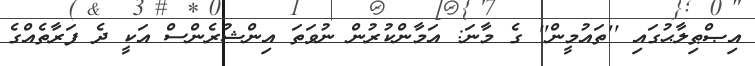
އިޞްޠިލާޙުގައި ''ތައުމީން'' ގެ މާނަ: އަމާންކުރުން ނުވަތަ އިންޝުރެންސް އަކީ ދެ ފަރާތެއްގެ